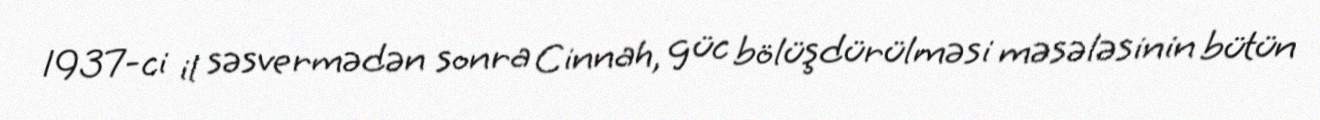
1937-ci il səsvermədən sonra Cinnah, güc bölüşdürülməsi məsələsinin bütün